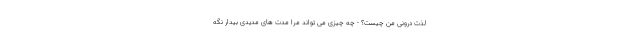
لذت درونی من چیست؟ - چه چیزی می تواند مرا مدت های مدیدی بیدار نگه